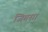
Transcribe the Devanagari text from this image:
जिगसा